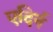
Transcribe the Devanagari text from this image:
एदिर्न